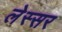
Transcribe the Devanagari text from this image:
लेस्सर